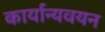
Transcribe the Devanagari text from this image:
कार्यान्यवयन